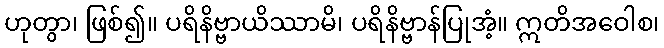
ဟုတွာ၊ ဖြစ်၍။ ပရိနိဗ္ဗာယိဿာမိ၊ ပရိနိဗ္ဗာန်ပြုအံ့။ ဣတိအဝေါစ၊